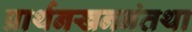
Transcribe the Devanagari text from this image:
प्रार्थनखननंतथा